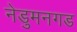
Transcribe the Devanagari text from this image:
नेडुमनगड